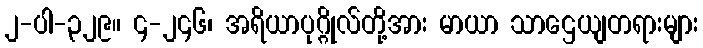
၂-ပါ-၃၂၉။ ၄-၂၄၆၊ အရိယာပုဂ္ဂိုလ်တို့အား မာယာ သာဌေယျတရားများ